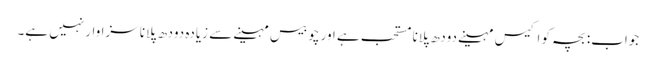
جواب: بچہ کو اکیس مہینے دودھ پلانا مستحب ہے اور چوبیس مہینے سے زیادہ دودھ پلانا سزاوار نہیں ہے۔